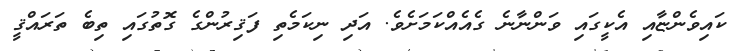
ކައިވެންޏާއި އެކީގައި ވަންނާނެ ގެއެއްކަމަށެވެ. އަދި ނިކަމެތި ފަޤިރުންގެ ގޮތުގައި ތިބެ ތަރައްޤީ